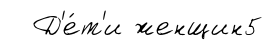
Д'е́т'и женщин5